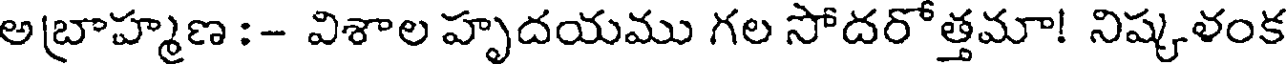
అబ్రాహ్మణ :- విశాల హృదయము గల సోదరోత్తమా! నిష్కళంక